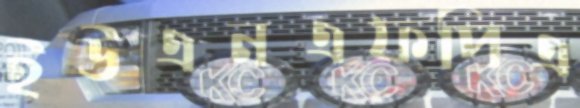
ইউএনএফপিএ